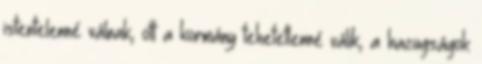
istentelenné válnak, ott a kormány tehetetlenné válik, a hazugságok